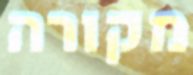
מקורה